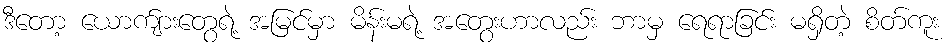
ဒီတော့ ယောက်ျားတွေရဲ့ အမြင်မှာ မိန်းမရဲ့ အတွေးဟာလည်း ဘာမှ ရေရာခြင်း မရှိတဲ့ စိတ်ကူး